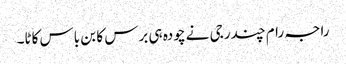
راجہ رام چندر جی نے چودہ ہی برس کا بن باس کاٹا۔